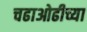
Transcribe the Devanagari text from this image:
चढाओढीच्या